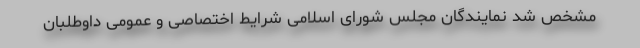
مشخص شد نمایندگان مجلس شورای اسلامی شرایط اختصاصی و عمومی داوطلبان